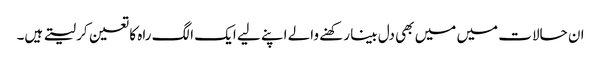
ان حالات میں میں بھی دل بینا رکھنے والے اپنے لیے ایک الگ راہ کا تعین کر لیتے ہیں۔